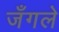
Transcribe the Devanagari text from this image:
जँगले